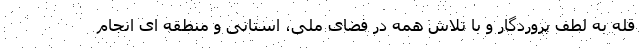
قله به لطف پروردگار و با تلاش همه در فضای ملی، استانی و منطقه ای انجام